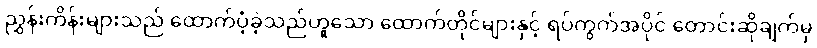
ညွှန်းကိန်းများသည် ထောက်ပံ့ခဲ့သည်ဟူသော ထောက်တိုင်များနှင့် ရပ်ကွက်အပိုင် တောင်းဆိုချက်မှ